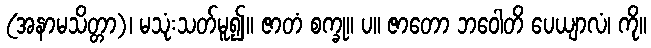
(အနာမသိတ္တာ)၊ မသုံးသတ်မူ၍။ ဇာတံ စက္ခု။ ပ။ ဇာတော ဘဝေါတိ ပေယျာလံ၊ ကို။